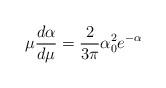
LaTeX: \begin{align*}\mu\frac{d\alpha}{d\mu} = \frac{2}{3\pi} \alpha^2_0 e^{-\alpha} \end{align*}